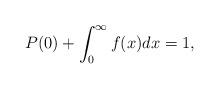
LaTeX: \begin{align*}P(0) + \int_{0}^{\infty} f(x)dx = 1,\end{align*}